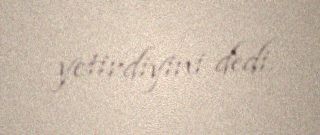
yetirdiyini dedi.